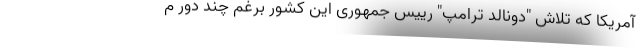
آمریکا که تلاش "دونالد ترامپ" رییس جمهوری این کشور برغم چند دور م